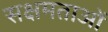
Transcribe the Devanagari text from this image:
सक्षमताओं